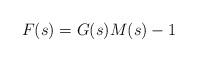
LaTeX: \begin{align*} F(s)=G(s)M(s)-1\end{align*}